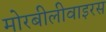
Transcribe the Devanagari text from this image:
मोरबीलीवाइरस